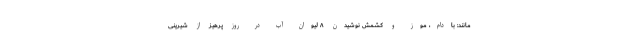
مانند: بادام، موز و کشمش نوشیدن ۸ لیوان آب در روز پرهیز از شیرینی